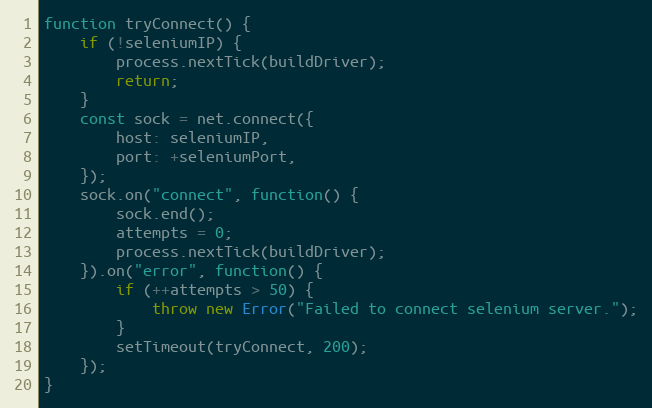
Language: JavaScript
function tryConnect() {
    if (!seleniumIP) {
        process.nextTick(buildDriver);
        return;
    }
    const sock = net.connect({
        host: seleniumIP,
        port: +seleniumPort,
    });
    sock.on("connect", function() {
        sock.end();
        attempts = 0;
        process.nextTick(buildDriver);
    }).on("error", function() {
        if (++attempts > 50) {
            throw new Error("Failed to connect selenium server.");
        }
        setTimeout(tryConnect, 200);
    });
}